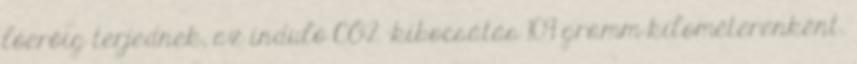
lóerőig terjednek, az induló CO2 -kibocsátás 109 gramm kilométerenként.